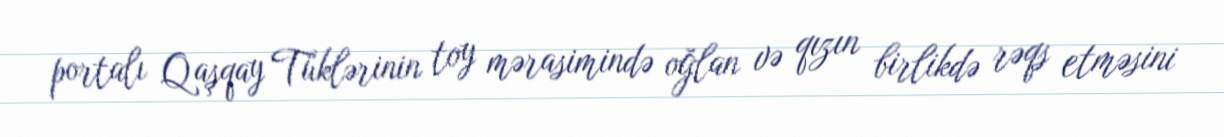
portalı Qaşqay Tüklərinin toy mərasimində oğlan və qızın birlikdə rəqs etməsini